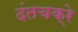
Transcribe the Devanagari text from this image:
दंतचक्रे